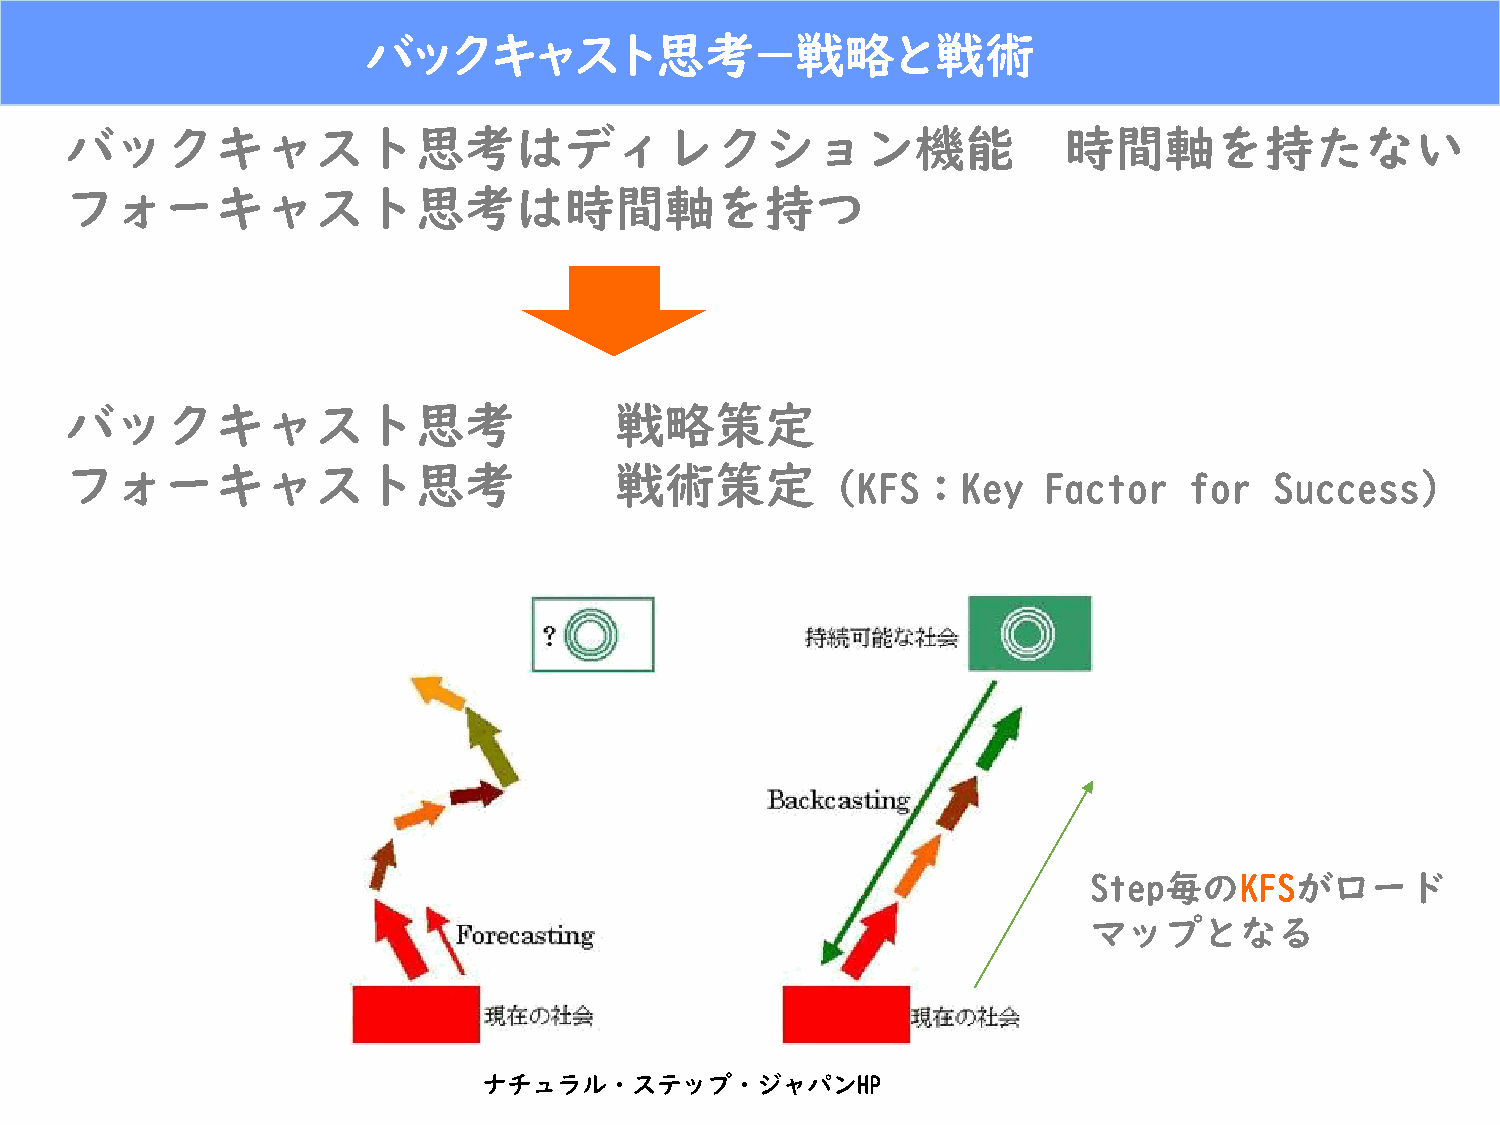
バックキャスト思考－戦略と戦術
 バックキャスト思考はディレクション機能                                                時間軸を持たない
 フォーキャスト思考は時間軸を持つ
 バックキャスト思考                            戦略策定
 フォーキャスト思考                            戦術策定
 （KFS：Key       Factor    for  Success)
 Step毎のKFSがロード
 マップとなる
 ナチュラル・ステップ・ジャパンHP